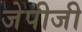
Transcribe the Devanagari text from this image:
जेपीजी